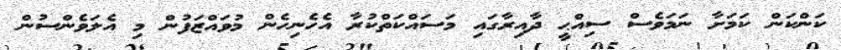
ކަންކަން ކަމަށާ ނަމަވެސް ސިއްޙީ ދާއިރާގައި މަސައްކަތްކުރާ އެހެނިހެން މުވައްޒަފުން މި އެލަވެންސުން